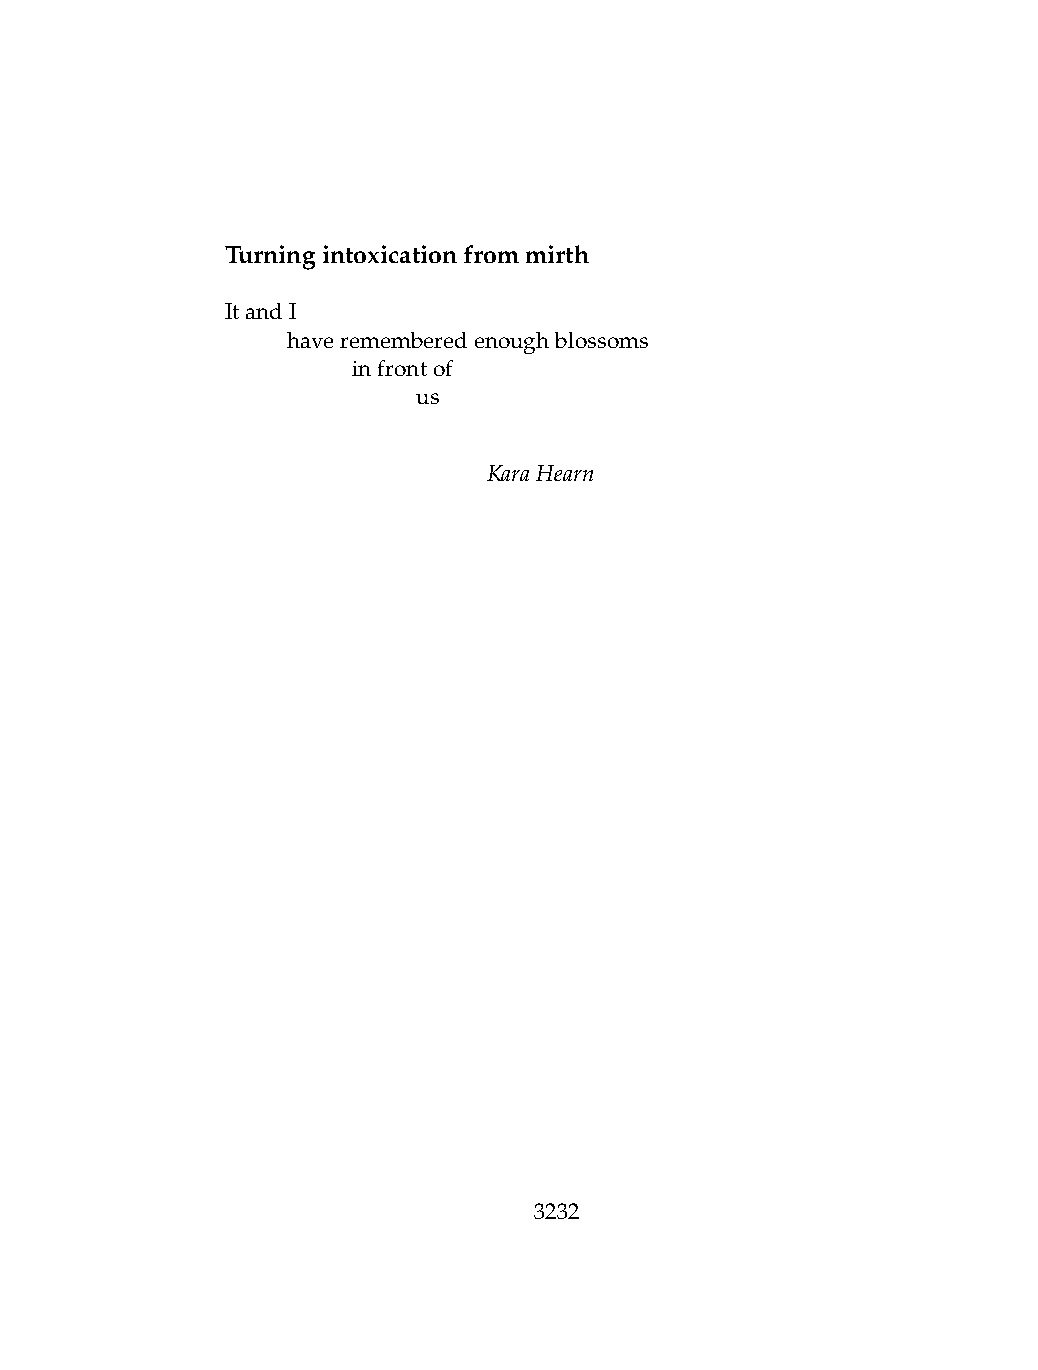
Turningintoxicationfrommirth
 ItandI
 .   haverememberedenoughblossoms
 .   .   infrontof
 .   .   .    us
 KaraHearn
 3232